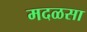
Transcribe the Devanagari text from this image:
मदळसा